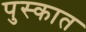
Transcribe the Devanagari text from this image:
पुस्कात